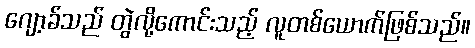
ဂျော့ခ်သည် တွဲလို့ကောင်းသည့် လူတစ်ယောက်ဖြစ်သည်။